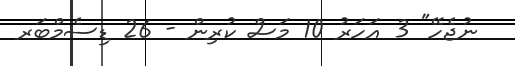
ނުޖެހޭ" 3 އަހަރު 10 މަސް ކުރިން - 26 ޑިސެމްބަރ